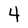
Character: 4